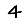
Digit: 4